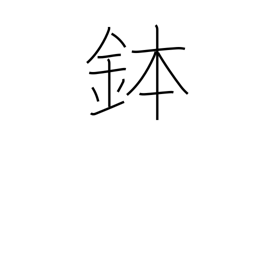
Meaning: rice tub